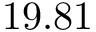
1 9 . 8 1